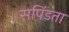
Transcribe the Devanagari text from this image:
सपिंडता